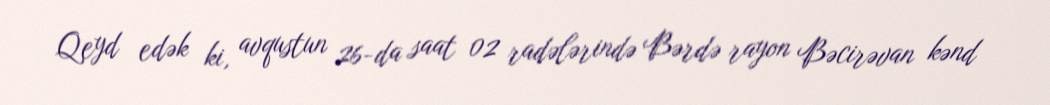
Qeyd edək ki, avqustun 26-da saat 02 radələrində Bərdə rayon Bəcirəvan kənd